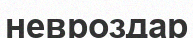
невроздар